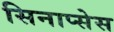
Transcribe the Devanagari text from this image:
सिनाप्सेस